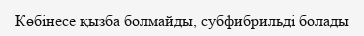
Көбінесе қызба болмайды, субфибрильді болады